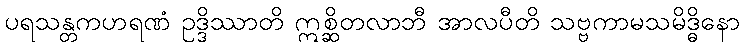
ပရသန္တကဟရဏံ ဥဒ္ဒိဿာတိ ဣစ္ဆိတလာဘီ အာလပီတိ သဗ္ဗကာမသမိဒ္ဓိနော